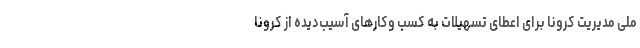
ملی مدیریت کرونا برای اعطای تسهیلات به کسب وکارهای آسیب‌دیده از کرونا